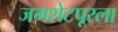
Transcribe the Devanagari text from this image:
जमशेटपूरला